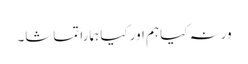
ورنہ کیا ہم اور کیا ہمارا تماشا۔